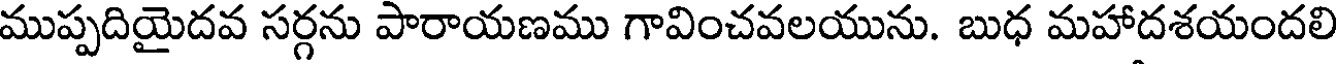
ముప్పదియైదవ సర్గను పారాయణము గావించవలయును. బుధ మహాదశయందలి